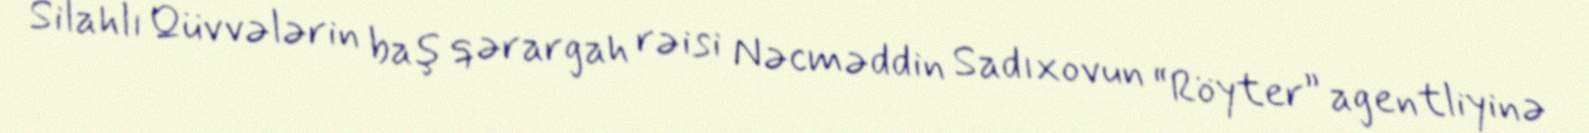
Silahlı Qüvvələrin baş qərargah rəisi Nəcməddin Sadıxovun “Röyter” agentliyinə